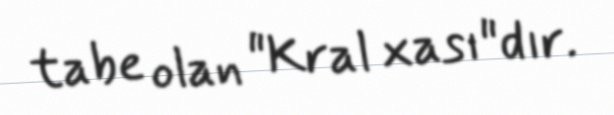
tabe olan "Kral xası"dır.